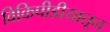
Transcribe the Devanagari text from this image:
विकिपीडीयातून